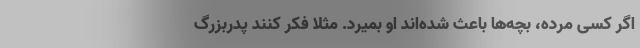
اگر کسی مرده، بچه‌ها باعث شده‌اند او بمیرد. مثلاً فکر کنند پدربزرگ